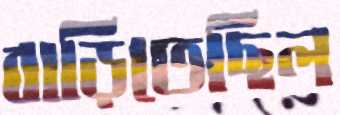
বাড়িতেছিল